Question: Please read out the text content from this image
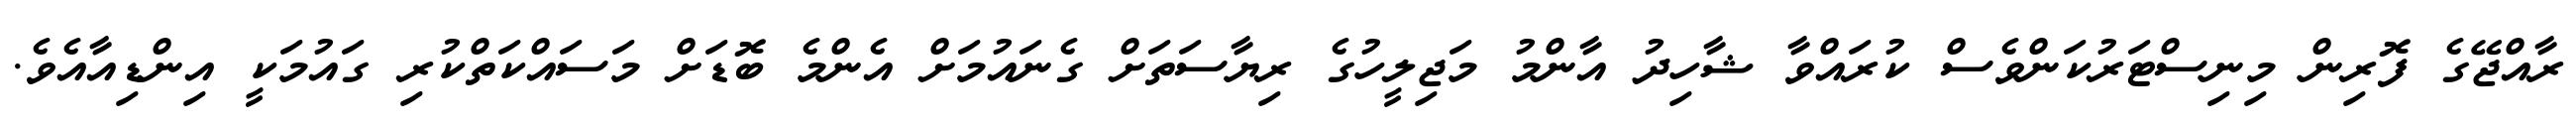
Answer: ރާއްޖޭގެ ފޮރިން މިނިސްޓަރުކަންވެސް ކުރައްވާ ޝާހިދު އާންމު މަޖިލީހުގެ ރިޔާސަތަށް ގެނައުމަށް އެންމެ ބޮޑަށް މަސައްކަތްކުރި ގައުމަކީ އިންޑިއާއެވެ.